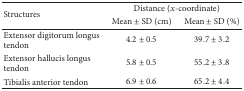
| <ROWSPAN=2> Structures | <COLSPAN=2> Distance (x-coordinate) |
 | Mean ± SD (cm) | Mean ± SD (%) |
 | --- | --- | --- |
 | Extensor digitorum longus tendon | 4.2 ± 0.5 | 39.7 ± 3.2 |
 | Extensor hallucis longus tendon | 5.8 ± 0.5 | 55.2 ± 3.8 |
 | Tibialis anterior tendon | 6.9 ± 0.6 | 65.2 ± 4.4 |